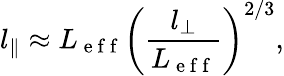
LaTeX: l_{\| }\approx L_{\mathrm{~e~f~f~}}\left(\frac{l_{\bot}}{L_{\mathrm{~e~f~f~}}}\right)^{2/3},